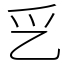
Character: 㐍